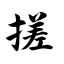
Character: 搓